Civil Veterinary Department Bengal reports 1933-51 - 1933-1951
Year: 1933
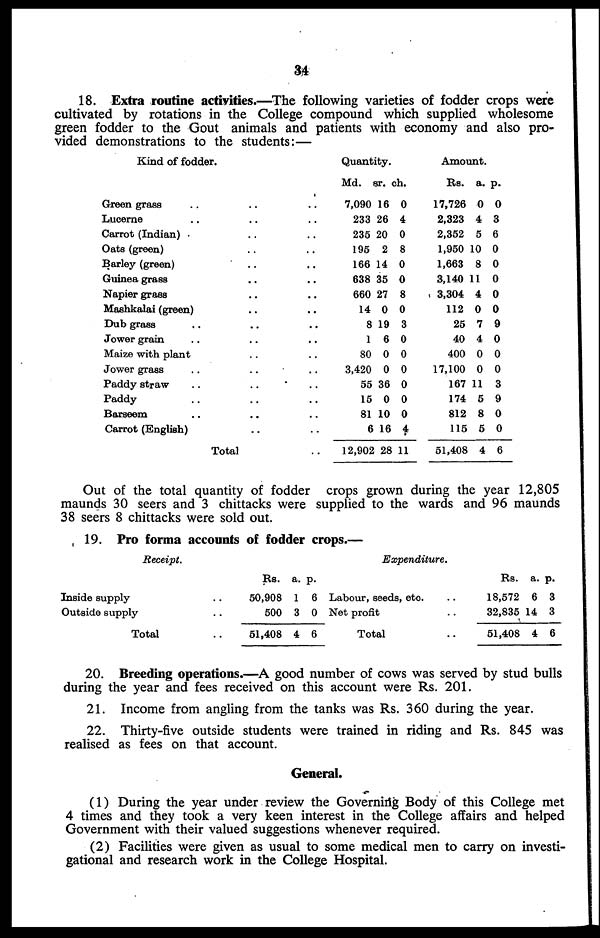
34
18. Extra routine activities.—The following varieties of fodder crops were
cultivated by rotations in the College compound which supplied wholesome
green fodder to the Gout animals and patients with economy and also pro-
vided demonstrations to the students:—
Kind of fodder.
Green grass .. .. ..
Lucerne .. .. ..
Carrot (Indian) .. ..
Oats (green) .. ..
Barley (green) .. ..
Guinea grass .. ..
Napier grass .. ..
Maahkalai (green) .. ..
Dub grass .. .. ..
Jower grain .. .. ..
Maize with plant .. ..
Jower grass .. .. ..
Paddy straw .. .. ..
Paddy .. .. ..
Barseem .. .. ..
Carrot (English) .. ..
Total ..
Quantity.
Md.
7,090
233
235
195
166
638
660
14
8
1
80
3,420
55
15
81
6
12,902
sr.
16
26
20
2
14
35
27
0
19
6
0
0
36
0
10
16
28
ch.
0
4
0
8
0
0
8
0
3
0
0
0
0
0
0
4
11
Amount.
Rs.
17,726
2,323
2,352
1,950
1,663
3,140
3,304
112
25
40
400
17,100
167
174
812
115
51,408
a.
0
4
5
10
8
11
4
0
7
4
0
0
11
5
8
5
4
p.
0
3
6
0
0
0
0
0
9
0
0
0
3
9
0
0
6
Out of the total quantity of fodder crops grown during the year 12,805
maunds 30 seers and 3 chittacks were supplied to the wards and 96 maunds
38 seers 8 chittacks were sold out.
19. Pro forma accounts of fodder crops.—
Receipt.
Inside supply ..
Outside supply ..
Total ..
Rs.
50,908
500
51,408
a.
1
3
4
p.
6
0
6
Expenditure.
Labour, seeds, etc. ..
Net profit ..
Total ..
Rs.
18,572
32,835
51,408
a.
6
14
4
p.
3
3
6
20. Breeding operations.—A good number of cows was served by stud bulls
during the year and fees received on this account were Rs. 201.
21. Income from angling from the tanks was Rs. 360 during the year.
22. Thirty-five outside students were trained in riding and Rs. 845 was
realised as fees on that account.
General.
(1) During the year under review the Governing Body of this College met
4 times and they took a very keen interest in the College affairs and helped
Government with their valued suggestions whenever required.
(2) Facilities were given as usual to some medical men to carry on investi-
gational and research work in the College Hospital.